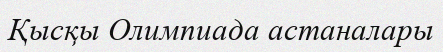
Қысқы Олимпиада астаналары